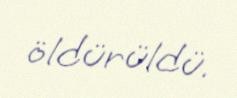
öldürüldü.